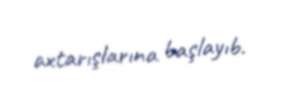
axtarışlarına başlayıb.